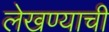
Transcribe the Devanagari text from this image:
लेखण्याची